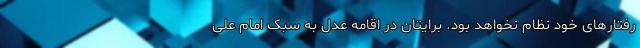
رفتارهای خود نظام نخواهد بود. برایتان در اقامه عدل به سبک امام علی